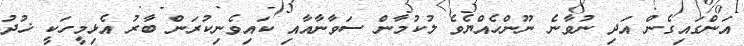
އަންގައިގެން އަދި ނުވާނެ ނޫންހެއްޔެވެ ލުކުމާން ސަވާނާއާއި ކައިވެނިކުރަން ބާރު އެޅިމީހަކީ ޚުދު